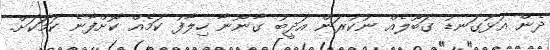
ދެން އަޅުގަނޑު ގަބޫލެއް ނުކުރަން އަދީބު ގާނޫނާ ހިލާފު ކަމެއް ކޮށްފާނެ ކަމަކަށް.